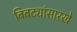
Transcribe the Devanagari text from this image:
बिबट्यांसारखे